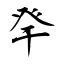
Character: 癷